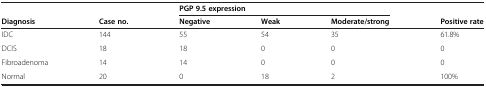
<table><thead><tr><td><b> </b></td><td><b> </b></td><td colspan="3"><b>PGP 9.5 expression</b></td><td><b> </b></td></tr><tr><td><b>Diagnosis</b></td><td><b>Case no.</b></td><td><b>Negative</b></td><td><b>Weak</b></td><td><b>Moderate/strong</b></td><td><b>Positive rate</b></td></tr></thead><tbody><tr><td>IDC</td><td>144</td><td>55</td><td>54</td><td>35</td><td>61.8%</td></tr><tr><td>DCIS</td><td>18</td><td>18</td><td>0</td><td>0</td><td>0</td></tr><tr><td>Fibroadenoma</td><td>14</td><td>14</td><td>0</td><td>0</td><td>0</td></tr><tr><td>Normal</td><td>20</td><td>0</td><td>18</td><td>2</td><td>100%</td></tr></tbody></table>